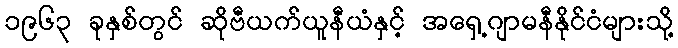
၁၉၆၃ ခုနှစ်တွင် ဆိုဗီယက်ယူနီယံနှင့် အရှေ့ဂျာမနီနိုင်ငံများသို့